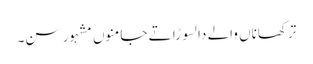
ترکھاناں والے دا لسوڑا تے جامنوں مشہور سن۔